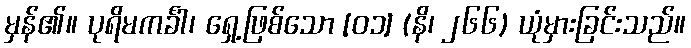
မှန်၏။ ပုရိမကင်္ခါ၊ ရှေ့ဖြစ်သော [၀၁] (နိ၊ ၂၆၆) ယုံမှားခြင်းသည်။